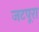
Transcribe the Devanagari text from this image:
जटपूरा